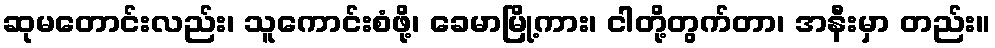
ဆုမတောင်းလည်း၊ သူကောင်းစံဖို့၊ ခေမာမြို့ကား၊ ငါတို့တွက်တာ၊ အနီးမှာ တည်း။